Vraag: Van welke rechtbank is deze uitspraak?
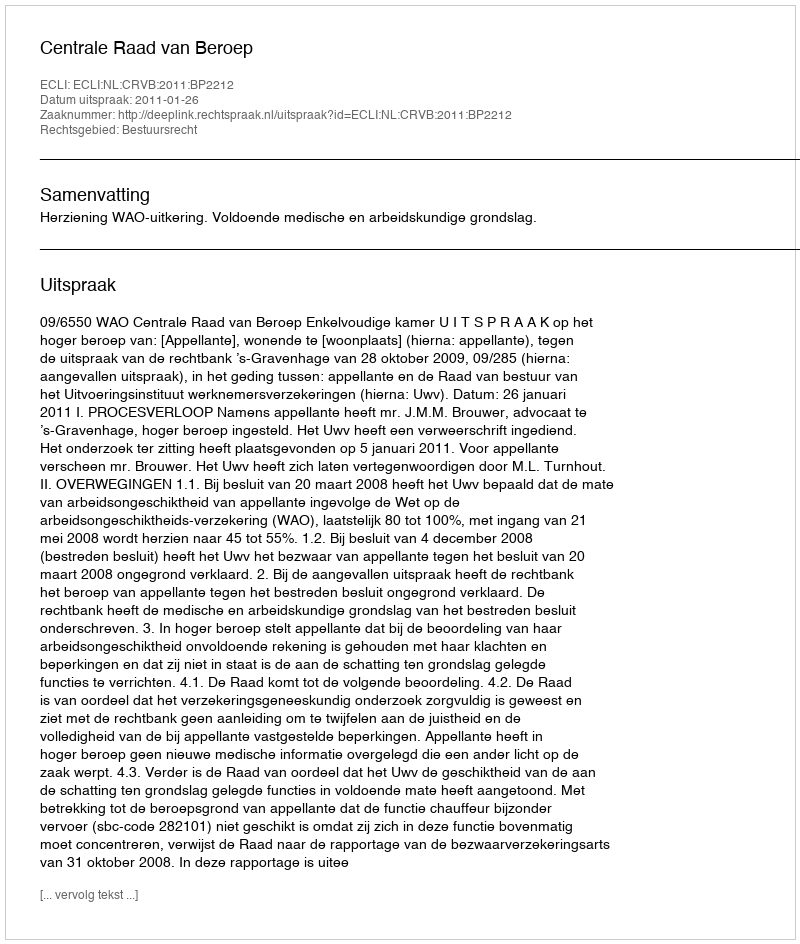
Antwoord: Centrale Raad van Beroep